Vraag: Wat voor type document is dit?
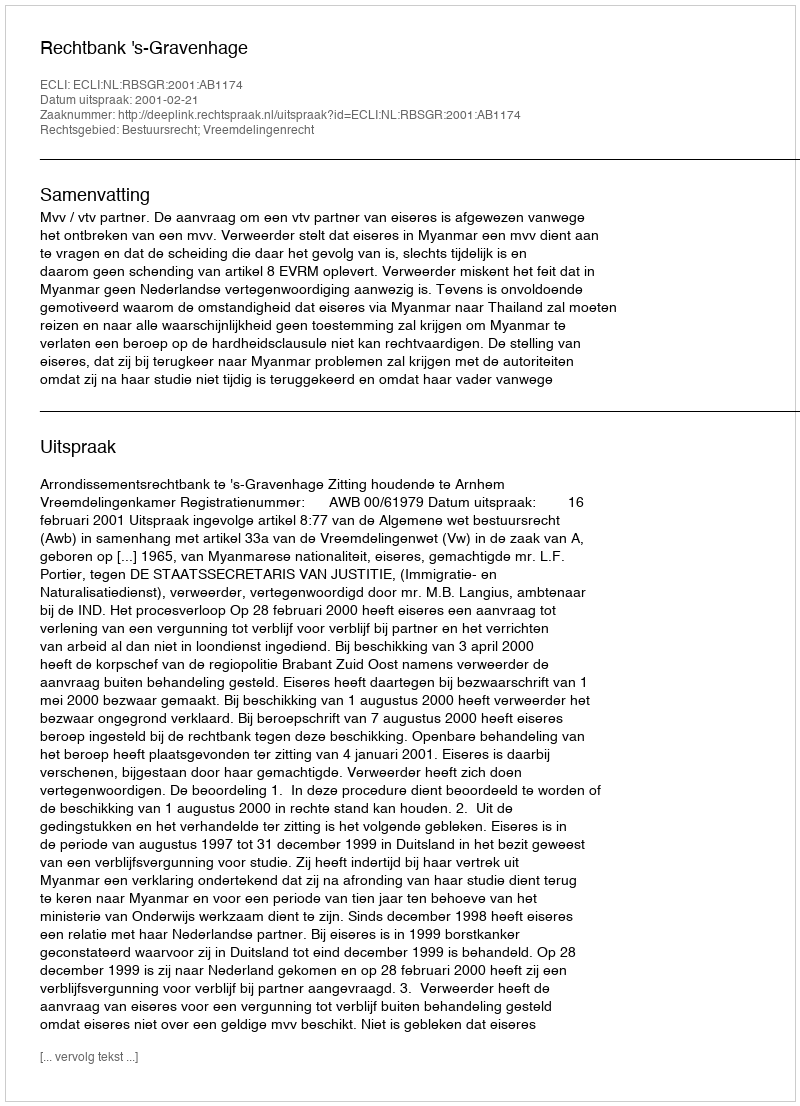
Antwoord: Uitspraak